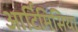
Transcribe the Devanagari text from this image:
आर्टिमिसिया